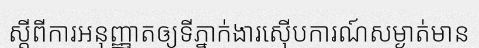
ស្តីពីការអនុញ្ញាតឲ្យទីភ្នាក់ងារស៊ើបការណ៍សម្ងាត់មាន